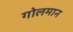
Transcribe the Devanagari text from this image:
गोलमान